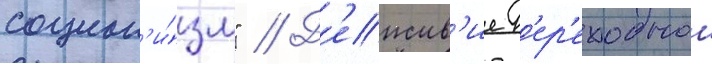
социал'и́зм" // Д'еиств'ие п'ер'еходнои